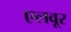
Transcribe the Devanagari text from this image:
एलवूर